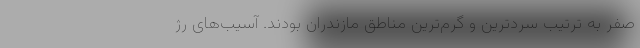
صفر به ترتیب سردترین و گرم‌ترین مناطق مازندران بودند. آسیب‌های رژ